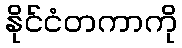
နိုင်ငံတကာကို